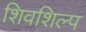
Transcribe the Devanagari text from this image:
शिवशिल्प